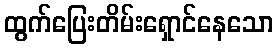
ထွက်ပြေးတိမ်းရှောင်နေသော